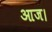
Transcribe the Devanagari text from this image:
आज।